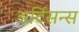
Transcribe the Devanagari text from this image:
अर्टिसन्स